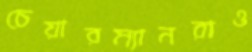
চেয়ারম্যানরাও